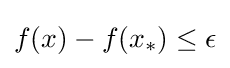
f(x)-f(x_{*})\leq \epsilon